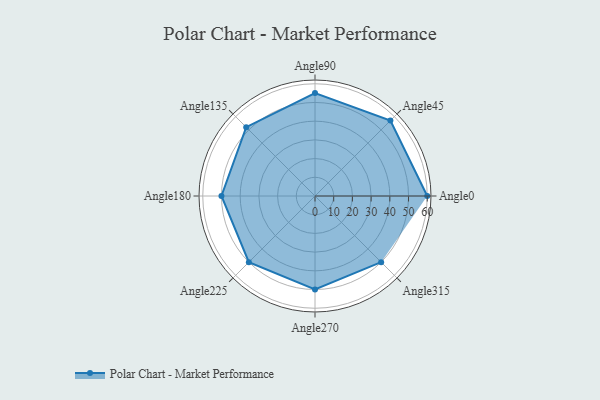
{"axis": {"x": "Angle", "y": "Radius"}, "legend": [""], "data": [{"x": "Angle0", "y": 60.0, "type": ""}, {"x": "Angle45", "y": 57.0, "type": ""}, {"x": "Angle90", "y": 55.0, "type": ""}, {"x": "Angle135", "y": 52.0, "type": ""}, {"x": "Angle180", "y": 50, "type": ""}, {"x": "Angle225", "y": 50, "type": ""}, {"x": "Angle270", "y": 50, "type": ""}, {"x": "Angle315", "y": 50, "type": ""}]}